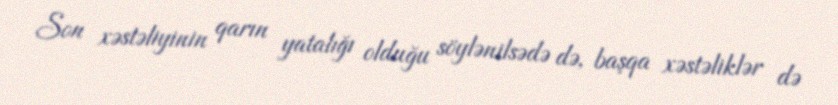
Son xəstəliyinin qarın yatalığı olduğu söylənilsədə də, başqa xəstəliklər də